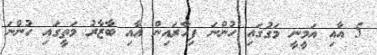
5 އާއި އަމީނީ މަގުގައި ހުންނަ ފިހާރައިން އާއި ބާޒާރު މަތީގައި ހުންނަ